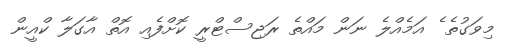
މިވަގުތެ ެ އަމެއްލެ ނަން މައްތެ ރަޖިސްޓްރީ ކޮށްފެއި އޮތް އާގަލާ ކްއީން